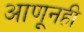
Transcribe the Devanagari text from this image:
आणूनही